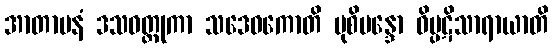
အာတာပနံ ဒသဝတ္ထုကာ သဒေဝကောတိ ပုစိမန္ဒော ဝိပ္ပဋိသာရာယာတိ